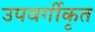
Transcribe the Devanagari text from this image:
उपवर्गीकृत